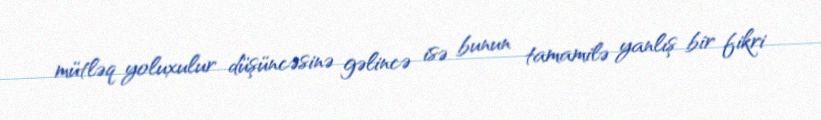
mütləq yoluxulur düşüncəsinə gəlincə isə bunun tamamilə yanlış bir fikri